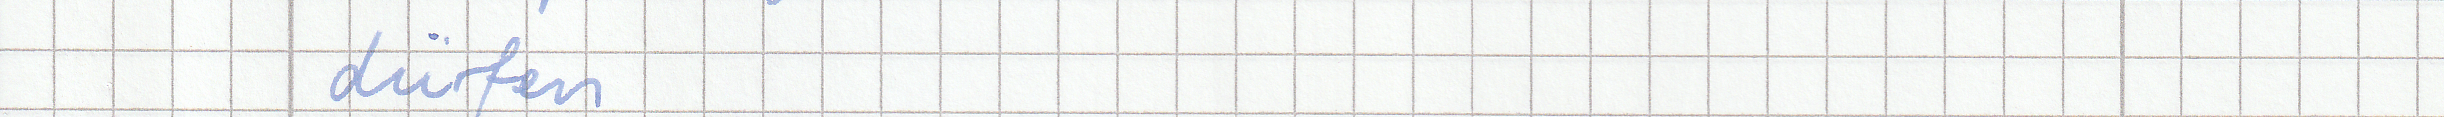
dürfen